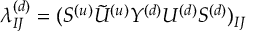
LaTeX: \lambda _ { I J } ^ { ( d ) } = ( S ^ { ( u ) } { \tilde { U } ^ { ( u ) } } Y ^ { ( d ) } U ^ { ( d ) } S ^ { ( d ) } ) _ { I J }